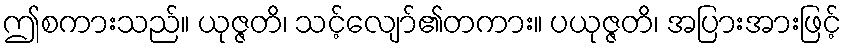
ဤစကားသည်။ ယုဇ္ဇတိ၊ သင့်လျော်၏တကား။ ပယုဇ္ဇတိ၊ အပြားအားဖြင့်